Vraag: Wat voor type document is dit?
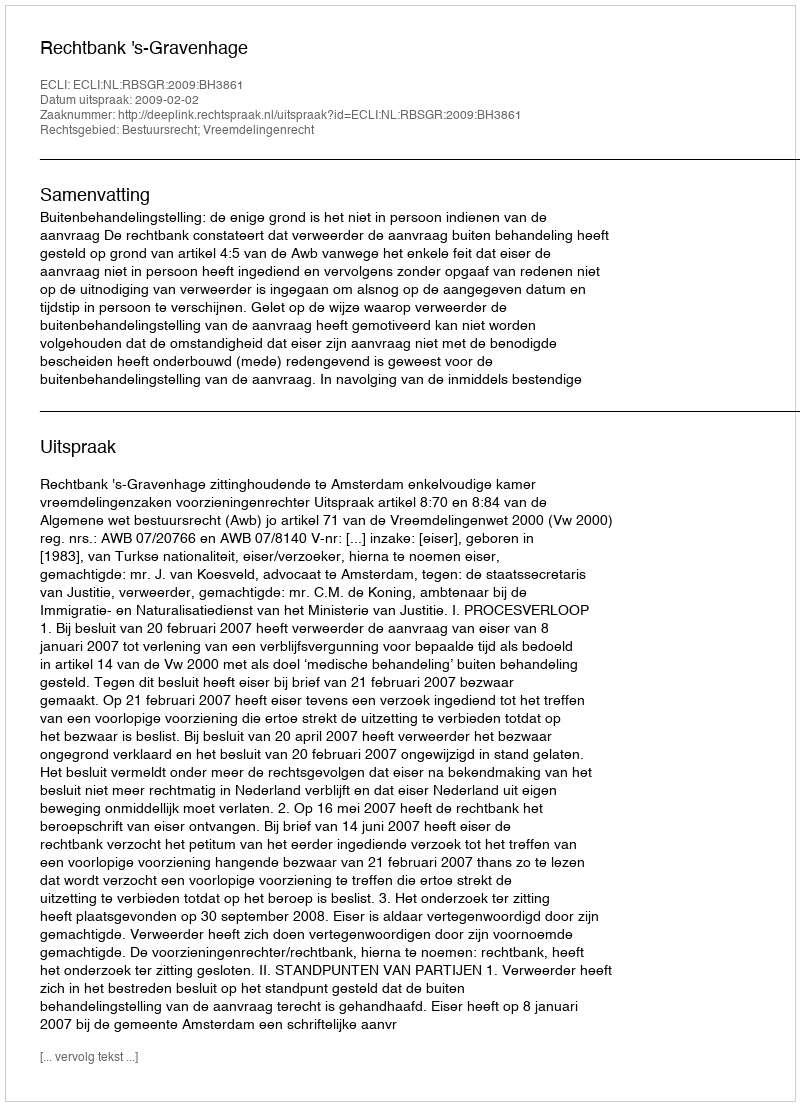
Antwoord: Uitspraak